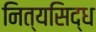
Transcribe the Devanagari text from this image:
नित्यसिद्ध